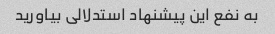
به نفع این پیشنهاد استدلالی بیاورید